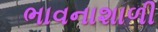
ભાવનાશાળી